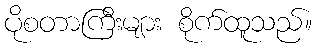
ပိုစတာကြီးများ စိုက်ထူသည်။